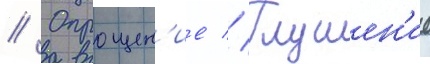
// Опрощен'ие // Глушен'ие